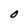
Character: O